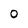
Character: o